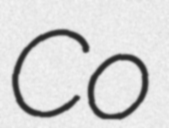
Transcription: Co